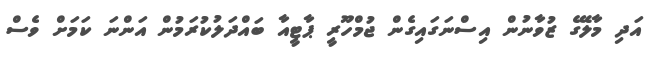
އަދި މާލޭގެ ޒުވާނުން އިސްނަގައިގެން ޖުމްހޫރީ ޕާޓީއާ ބައްދަލުކުރަމުން އަންނަ ކަމަށް ވެސް